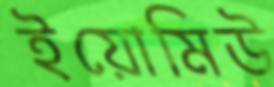
ইয়োমিউ